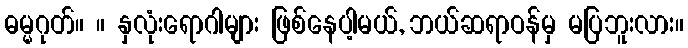
ဓမ္မဂုတ်။ ။ နှလုံးရောဂါများ ဖြစ်နေပါ့မယ်, ဘယ်ဆရာဝန်မှ မပြဘူးလား။